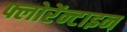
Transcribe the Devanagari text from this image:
फ्लोरेंन्टाइन